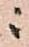
ニ